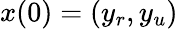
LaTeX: x(0)=(y_{r},y_{u})